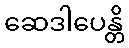
ဆေဒါပေန္တိ